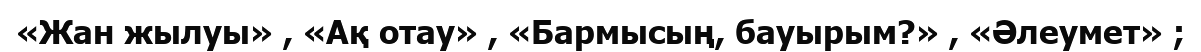
«Жан жылуы» , «Ақ отау» , «Бармысың, бауырым?» , «Әлеумет» ;